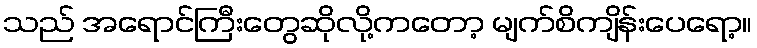
သည် အရောင်ကြီးတွေဆိုလို့ကတော့ မျက်စိကျိန်းပေရော့။